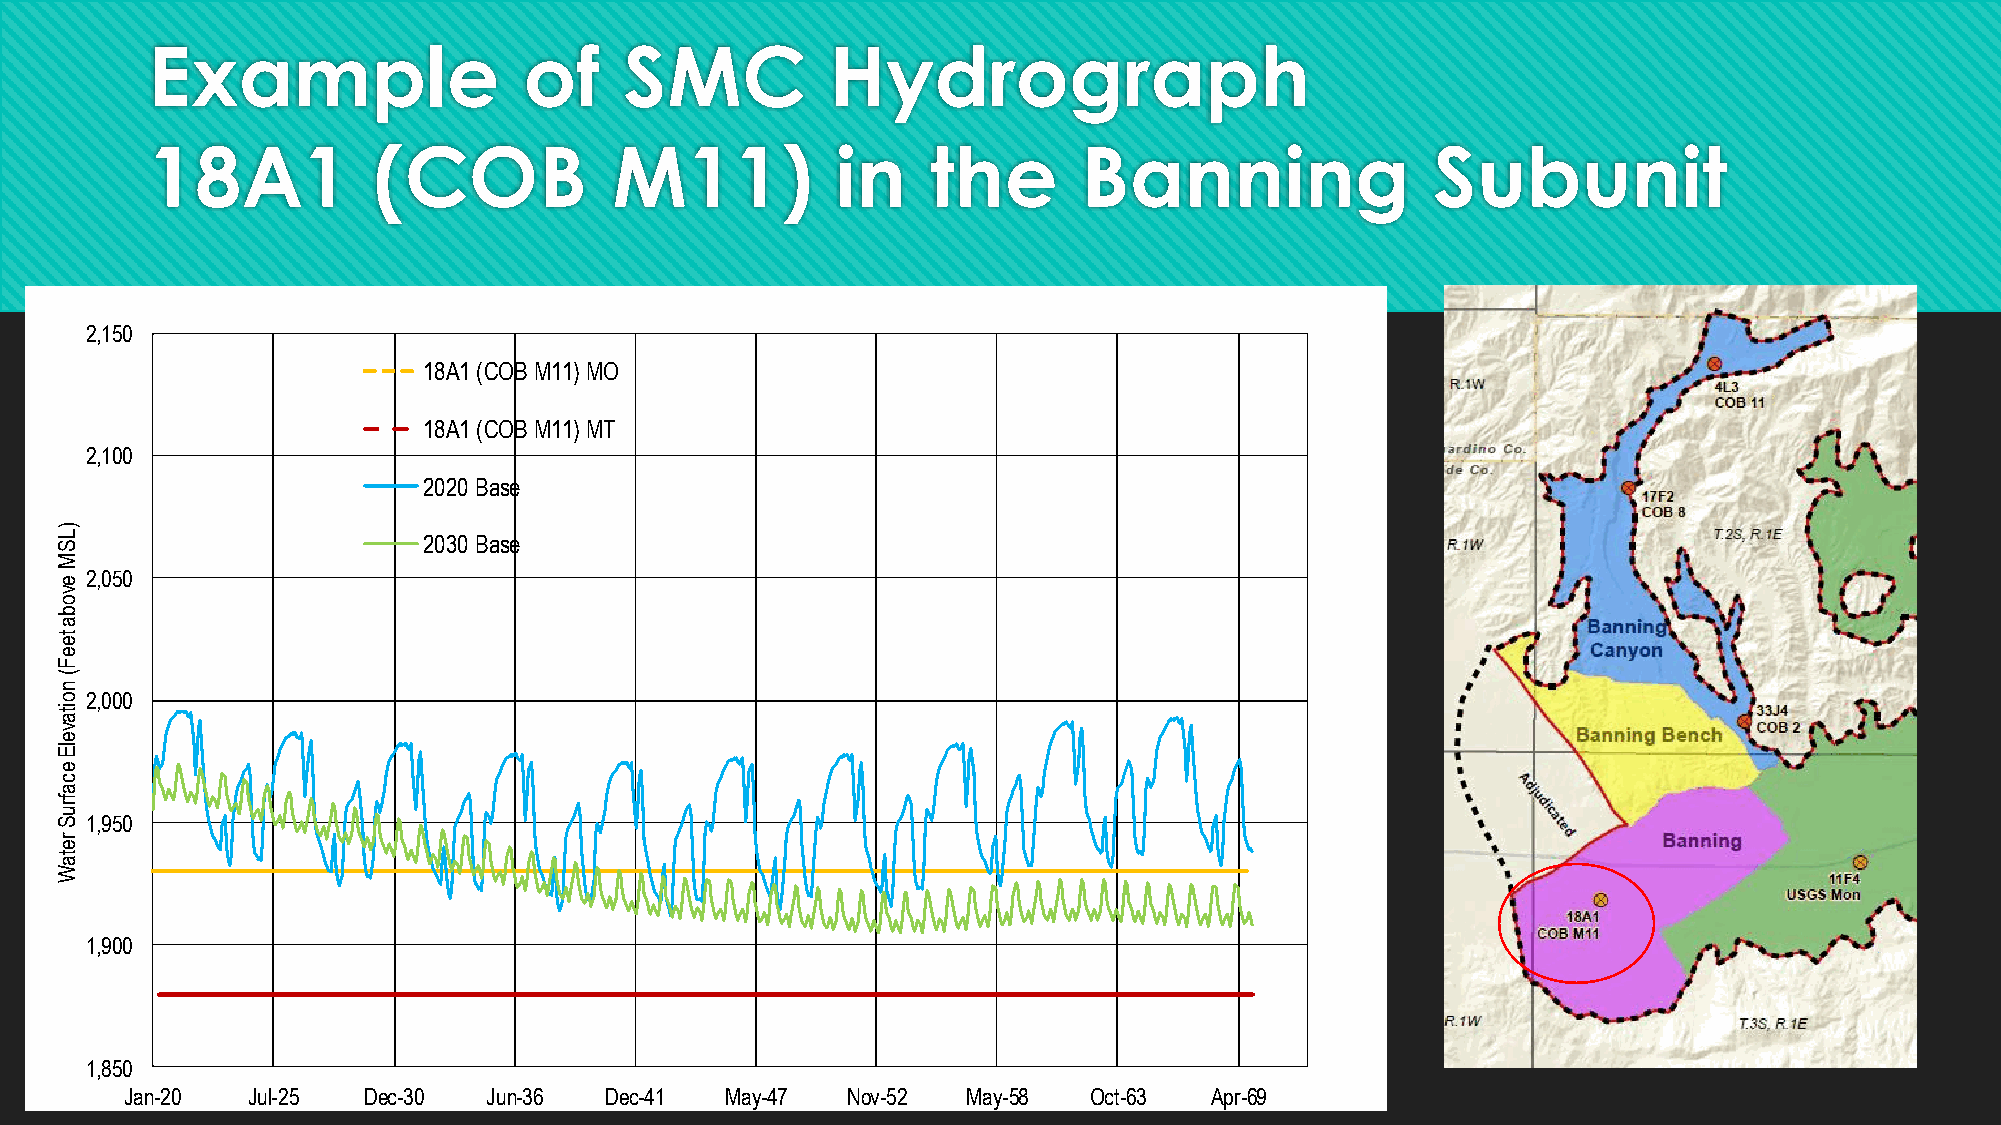
Example                  of    SMC           Hydrograph
 18A1           (COB            M11)          in     the       Banning                Subunit
 2,150
 18A1 (COB M11) MO
 18A1 (COB M11) MT
 2,100
 2020 Base
 )
 L S                     2030 Base
 M
 e2,050
 v
 o
 b
 a
 te
 e
 F
 (
 n
 o2,000
 ita
 v
 e
 lE
 e
 c
 a
 fr
 u
 S1,950
 r
 e
 ta
 W
 1,900
 1,850
 Jan-20  Jul-25  Dec-30  Jun-36  Dec-41  May-47  Nov-52  May-58  Oct-63  Apr-69